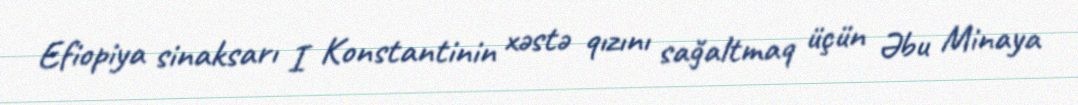
Efiopiya sinaksarı I Konstantinin xəstə qızını sağaltmaq üçün Əbu Minaya